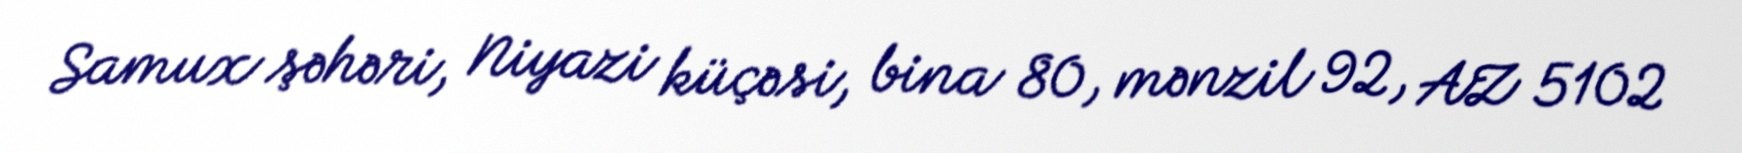
Samux şəhəri, Niyazi küçəsi, bina 80, mənzil 92, AZ 5102